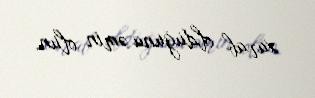
xarab olduğuna əmin olun.